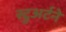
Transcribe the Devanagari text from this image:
स्टुअर्टने